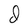
Character: d